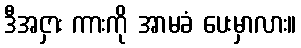
ဒီအငှား ကားကို အာမခံ ပေးမှာလား။